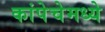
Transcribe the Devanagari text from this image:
कांपेचेमध्ये